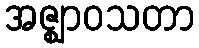
အဇ္ဈာဝသတာ